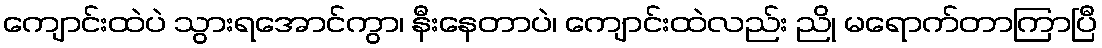
ကျောင်းထဲပဲ သွားရအောင်ကွာ၊ နီးနေတာပဲ၊ ကျောင်းထဲလည်း ညို မရောက်တာကြာပြီ